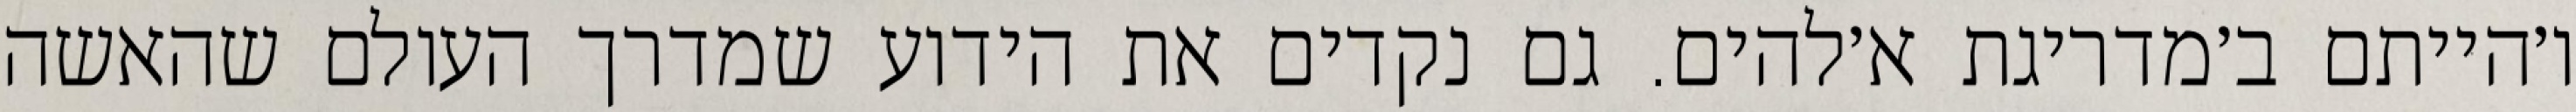
ו׳הייתם ב׳מדריגת א׳להים. גם נקדים את הידוע שמדרך העולם שהאשה